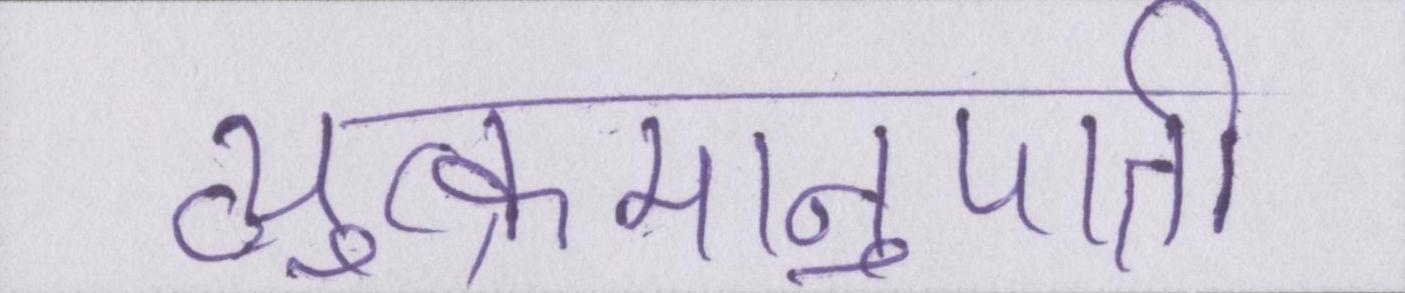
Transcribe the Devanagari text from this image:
व्युत्क्रमानुपाती